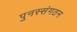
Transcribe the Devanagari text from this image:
पुनस्संगठन